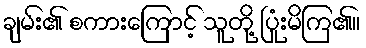
ချမ်း၏ စကားကြောင့် သူတို့ ပြုံးမိကြ၏။